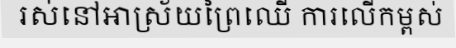
រស់នៅអាស្រ័យព្រៃឈើ ការលើកម្ពស់